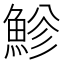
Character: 𩷲